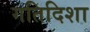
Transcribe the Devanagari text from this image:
गतिदिशा